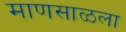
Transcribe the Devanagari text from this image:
माणसाळला